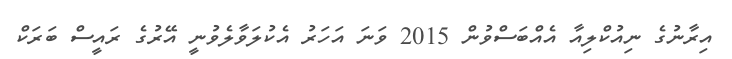
އިރާނުގެ ނިއުކްލިއާ އެއްބަސްވުން 2015 ވަނަ އަހަރު އެކުލަވާލެވުނީ އޭރުގެ ރައީސް ބަރަކް